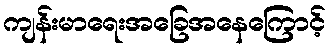
ကျန်းမာရေးအခြေအနေကြောင့်